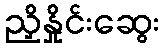
ညှိနှိုင်းဆွေး